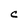
Character: C